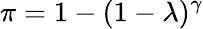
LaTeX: \pi=1-(1-\lambda)^{\gamma}